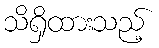
သိရှိထားသည့်